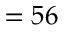
= 5 6